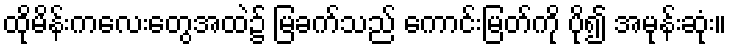
ထိုမိန်းကလေးတွေအထဲ၌ မြခက်သည် ကောင်းမြတ်ကို ပို၍ အမုန်းဆုံး။